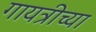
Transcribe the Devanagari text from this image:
गायत्रीच्या